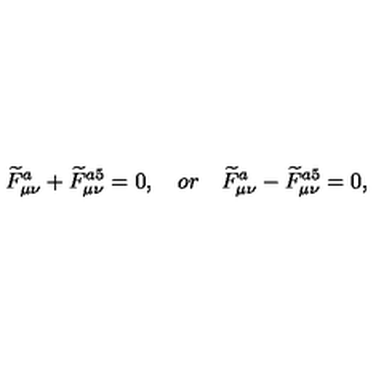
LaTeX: \widetilde { F } _ { \mu \nu } ^ { a } + \widetilde { F } _ { \mu \nu } ^ { a 5 } = 0 , \quad o r \quad \widetilde { F } _ { \mu \nu } ^ { a } - \widetilde { F } _ { \mu \nu } ^ { a 5 } = 0 ,